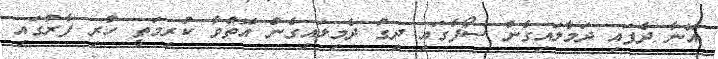
އޭނާ ދެފައި ދަމާލައިގެން ސޯފާގައި ދިގު ދެމިލައިގެން އޮތްވާ ކުރިމަތީ ހުރި ފާރުގައި